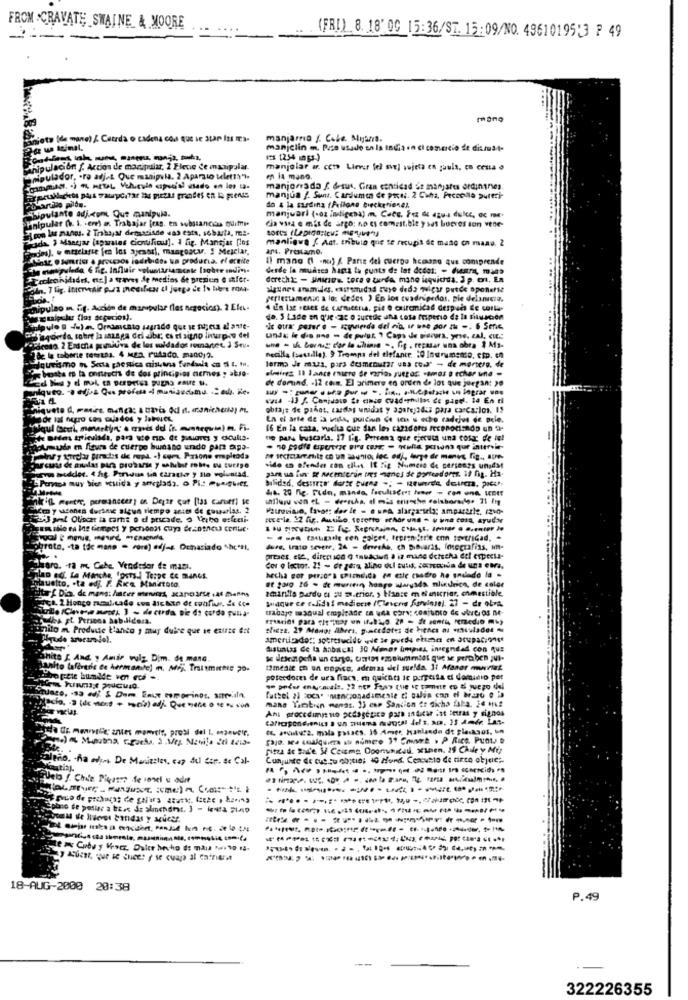
FROM :CRAVATE SMAINE & MOORE
-
(FRI) 8. 18' 00 15:36/ST. 15:09/NO. 4961019513 ₽ 49
anieto (de mane) ¿ Carda o cadena con que ve star las
manjarno f. Coke. Mijania.
manjclin m. Peso usado en la india · el comercio de dicrost-
1: [254 ings-)
hipulación f. Action de manipular, 2 Eleve de manipular.
manjolar ar. como Liever fel sve] sujeta en pauls, en cena
HonDulador, - ro adj.t Que manipvia. 2 Aparato seletti'h
en la mano.
manjorrado { desus. Gran cantidad Se manjares erdingres
peullachets part watportar las piezas grandes en la prends
manjua f. Suns, Cardlumen de preel. 2 Caha, Peccolle pureri-
Asipulante adj.com Que manipula.
do & la sardina (Feilone beckerienel,
Hnipular (V. 1. - ere) a. Trabajar feas. en substancos quime-
manjuari (-oz indigena) in. Care. Frz de agua dulce, oc me-
Cia vara e mis de argo: no es comestible y sas bueres son vene-
Flcon las manos. 2 Trabajar demasiado was esta, sobarta, mi-
ada, I Manejar (aparatos ciontificu]. I fig. Manejar [los
manliova { Ant. tributo que te recupis de mano en mano. 2
dos), w ettelarie fen los sessal, mangoacy. S Mesclar,
art. Préstamo.
binse @ Worrier . prousos indebidos un produca. ef ernite
I) mang (1 -no) / Pariz del cuerpo humano que comprende
desde la muares hasta la punta de lat dedet: - Mar, muss
Tredeunidades, etc.] a traves de medios de prezen @ mfer-
derecht: - Jinicios. tera o turda, mano isquichda. 2 p. c, En
algunos animales, maursudad suyo deda wies putde oponerse
ferietamenic a lot dedes ) En los cuadripedos, pie delancia.
dipulao in. ".f. Acción de marupular les negocios). 2 Ele-
4 En lag reses de carmicenia. pie e caircmicad después de corlu-
do. S Lade an que ac o sucede una cosa friperio de la situación
Julpulo @ (w)e Ornamento sagrado que se tu; et al antt-
Oif ny derda, sobre la manga del Jibr; es el sitno liurpoo del
undk: le d'e une - de pulur, ? Caps de perura, yre. cal, eu .:
.Fareno 2 Erstna primitiva de los cuidados romantet. 2 St.
une - sh bernuy dor la uluinie -. Gp . repasar una obra , Ma-
2de le toberie remotas. 4 MBa, Pulado. manoj ?.
Termo Je mus, para desmenutar una cow" - de mortero, de
necilla (oustille). 9 Trompa del tiefance. : 0 Inurumsaco, etp. en
busta es la onsteuch de dos principios demes y atro-
almirez 11 lance enero de varias Juegos -amos a echar und -
de domind. - 12 can. El primers en orden de los que juegan: 20
niqueo. o ejus Qu profess d manisacoma .: el. de-
niquete d, masirc, manca: a taria 4dl n. manichena) m.
obrajs de pahat, cardas unidos y aparejodas para carcarlos. 15
En el arte de ix us, pudiun Ce ich u who radejus de pele.
16 En la casa, vucha cur Sar les cazadores fecerodizado un 9-
ne pars bruscarla. 17 fig. Prcena que ejecuta una cosac d'e ie!
oumula m fours de cuerpo humano undo para expa-
com modder. this, Porwdus Lia Cirather y ile voluntad.
sido an ofender con elles It lig Numein de persones unidas
Pensa muy bien cuida y aneplads. o Pl .: Muniqueer.
da. 20 nic. Fido, manda, faculiscet Ioner - con una, IEtt
inkit mentre, permanecer) on Deyar cut [tas caref) se
acm y wohnen dursnic algun tiempo anits de gosarlas, 2
3 prot Oliocar la carte o d puscade. o Verbo esfeeli.
porota, - ta tác mane - core) adj-s. Outasiado "hc **.
dure, trato severe, 26 - driveAs, ch Diavaras, fotografias, un-
preses ete, direction q taukdown a iz mane derecha eel expects-
alara. - ra m. Cebe Vendedor de ması.
Cor o lector. 21 - de gera, alino dul butik correooda de uns ears,
Filan ed. La Manche, foots) Torpe Ce menes.
hecha Bor perso"'s cPizdida on ctic cuadro ho undlado la -
quetto, . ta edj. F. AK& Minatoto.
amanita pardo e ou a.erior. > Hanse melanicriar, comestible,
iltarf Dic. de mans: fater menings xano3/5 .4f menns
Jaque ce falidai medionie (Cleveris Sirinse). 27 - de obra.
unito m. Produite blanco y muy duire que se existe ert
shiesz. 29 Manor Abers. p.mcedates de kienes nu vinculados
americado :: sobresucide wie ie pueda etten en ocupaciones
distintas de la habitcal 30 Menor impies insegndad con que
hits [ And. y Amir wulz. Dim. de mana.
Lanito lafèredie ce hermante) . Mij. Trattmittee 20.
"meal en un ongise, adress dei sueldo. 11 Maner muriat
poserdores de ura fiacs. e quicats le purpcita di dominio per
futhel a) coca" mencionadimente di salva can ef brano o i
mans Tambien mands. 13 esp Sancion Er dicha fala, 26 Mi?
Ani procedimituo pcdagetice para indicar ist letras y signos
C. a2. mala passes. 16 Amer, Hablando de pleskaos, un
[ajo, sea cualquima il nomee 1º Court . P Rice, Punto
pieza ac Bod'e. W Ceims Oponunited. XIben. 29 Chile y Mir
soleño, - ha adim. De Masizzles, cap dul for. de Cal-
Conjunto de cus.tu obstie; 4G Mund. Cenato de tinto objec :-
juels &. Chie Piquant de sonel a adre
les Cubus Voce Dolce hecho de mais to 14-
18-AUG-2000 20:38
P.49
322226355